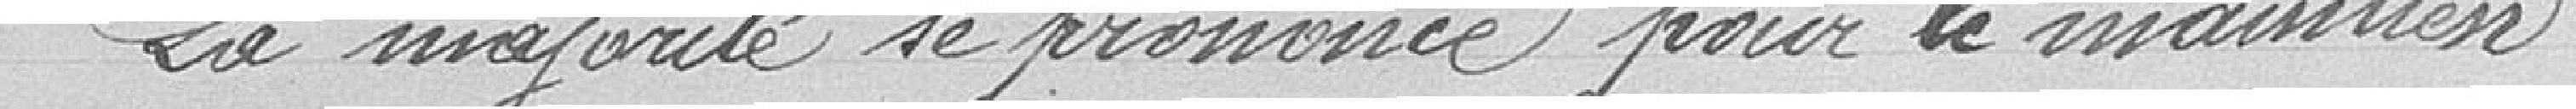
La majorité se prononce pour le maintien.